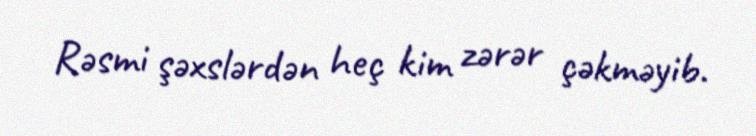
Rəsmi şəxslərdən heç kim zərər çəkməyib.